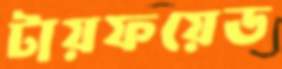
টায়ফয়েড